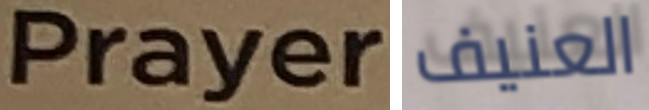
Prayers العنيف